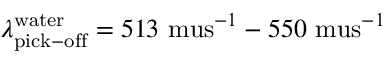
\lambda _ { \mathrm { p i c k - o f f } } ^ { \mathrm { w a t e r } } = 5 1 3 \mathrm { \ m u s } ^ { - 1 } - 5 5 0 \mathrm { \ m u s } ^ { - 1 }